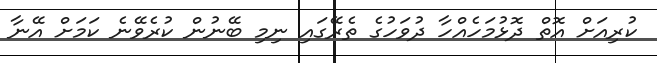
ކުރިއަށް އޮތް ދޮޅުމަހެއްހާ ދުވަހުގެ ތެރޭގައި ނިމި ބޭނުން ކުރެވޭނެ ކަމަށް އޭނާ